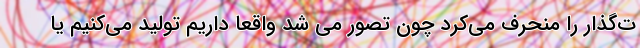
ت‌گذار را منحرف می‌کرد چون تصور می شد واقعا داریم تولید می‌کنیم یا